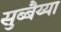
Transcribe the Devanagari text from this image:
सुब्बैय्या